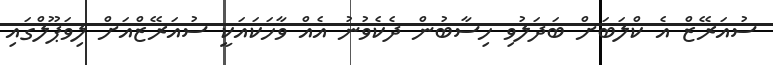
ސުއަރޭޒް އެ ކްލަބަށް ބަދަލުވި ހިސާބުން ދެކެވުނު އެއް ވާހަކައަކީ ސުއަރޭޒްއަށް ލިވަޕޫލްގައި